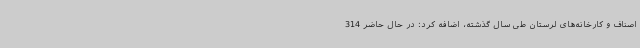
اصناف و کارخانه‌های لرستان طی سال گذشته، اضافه کرد: در حال حاضر 314